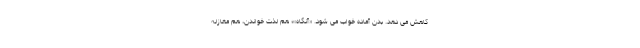
کاهش می دهد. بدن آماده خواب می شود. «آنگاه»؛ هم لذت خواندن، هم مغازله